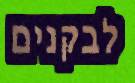
לבקנים